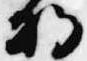
将